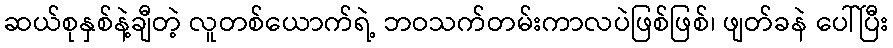
ဆယ်စုနှစ်နဲ့ချီတဲ့ လူတစ်ယောက်ရဲ့ ဘဝသက်တမ်းကာလပဲဖြစ်ဖြစ်၊ ဖျတ်ခနဲ ပေါ်ပြီး